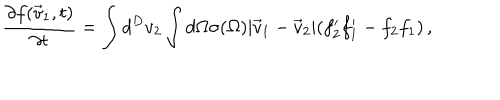
LaTeX: { \frac { \partial f ( \vec { v } _ { 1 } , t ) } { \partial t } } = \int d ^ { D } v _ { 2 } \int d \Omega \sigma ( \Omega ) | \vec { v } _ { 1 } - \vec { v } _ { 2 } | ( f _ { 2 } ^ { \prime } f _ { 1 } ^ { \prime } - f _ { 2 } f _ { 1 } ) \, ,